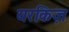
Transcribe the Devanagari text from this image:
यरकिज़